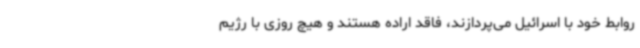
روابط خود با اسرائیل می‌پردازند، فاقد اراده هستند و هیچ روزی با رژیم